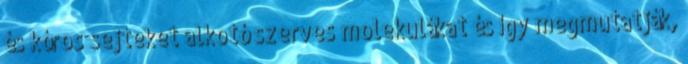
és kóros sejteket alkotó szerves molekulákat és így megmutatják,